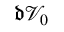
\mathfrak { d } \mathcal { V } _ { 0 }